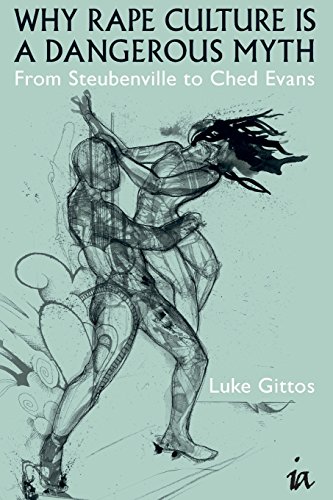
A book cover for Why Rape Culture is a Dangerous Myth: From Steubenville to Ched Evans (Societas); Luke Gittos; Politics & Social Sciences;